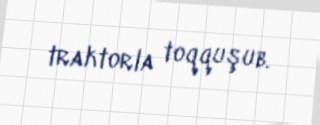
traktorla toqquşub.